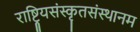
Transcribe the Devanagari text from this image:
राष्ट्रियसंस्कृतसंस्थानम